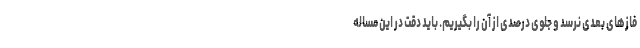
فازهای بعدی نرسد و جلوی درصدی از آن را بگیریم. باید دقت در این مساله